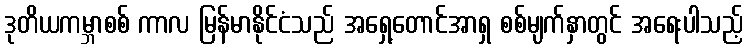
ဒုတိယကမ္ဘာစစ် ကာလ မြန်မာနိုင်ငံသည် အရှေ့တောင်အာရှ စစ်မျက်နှာတွင် အရေးပါသည့်